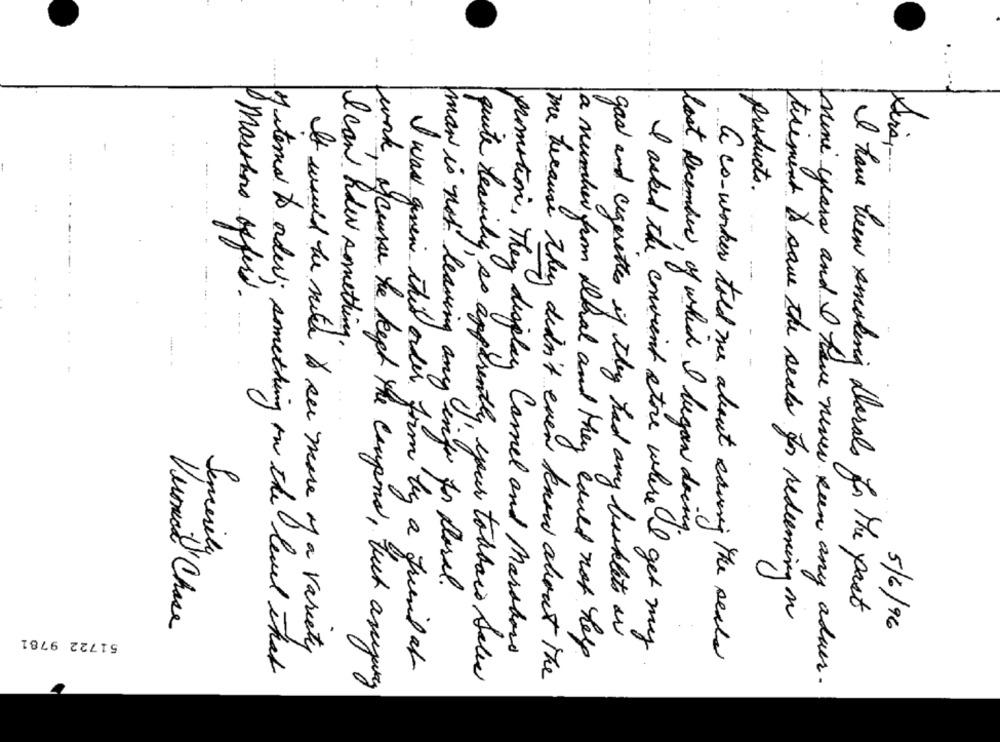
products.
marchons offerd.
I can how something
-----
lost December , of which I began doing .
Sincerely
man is not leaving any infor for floral.
tirement to save the seals for redeeming on
I have been smoking florals for the past
Veromal Chase
5/6/96
51722 9781
gas and cigarettes if they had any basklets ar
It would be note to see more of a variety
promotion, They display Camel and Marshard
a number from Doral and they could not help
I asked the convient store where I get my
a co-worker told me about saving the seals
I was given this order form by a friend at
Material to order; something on the level that
quite heavily so apparently your toabaco Sales
me because they didn't even know about the
nine years and I have never been any adver .
work, of course he kept the coupons, but anyway